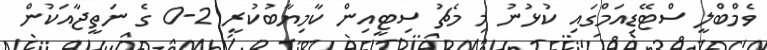
ވެމްބްލީ ސްޓޭޑިއަމްގައި ކުޅުނު މި މެޗު ސިޓީއިން ކާމިޔާބުކުރީ 2-0 ގެ ނަތީޖާއަކުން